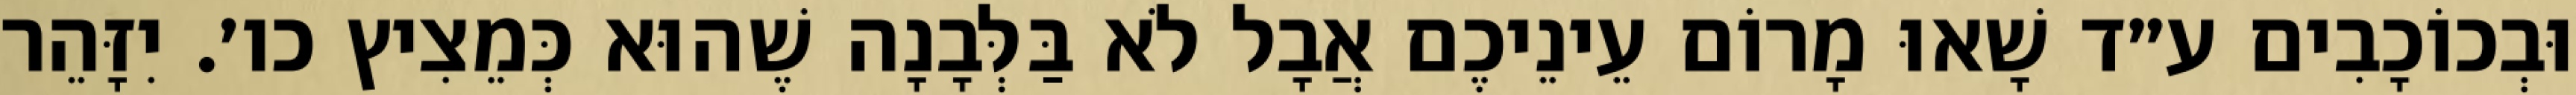
וּבְכוֹכָבִים ע״ד שָׁאוּ מָרוֹם עֵינֵיכֶם אֲבָל לֹא בַּלְּבָנָה שֶׁהוּא כְּמֵצִיץ כו׳. יִזָּהֵר